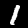
Label: 1